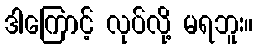
ဒါကြောင့် လုပ်လို့ မရဘူး။